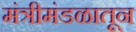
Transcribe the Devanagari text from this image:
मंत्रीमंडळातून